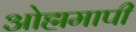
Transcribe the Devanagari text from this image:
ओह्ममापी